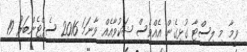
ވީމާ މި ލިސްޓާ ގުޅިގެން އެއްވެސް ޝަކުވާއެއް ވާނަމަ 2016 ސެޕްޓެންބަރު 19